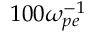
1 0 0 \omega _ { p e } ^ { - 1 }